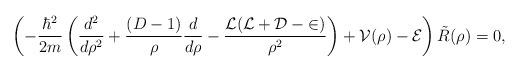
LaTeX: \begin{align*}\left(-\frac{\hbar^2}{2m}\left(\frac{d^2}{d\rho^2}+\frac{(D-1)}{\rho}\frac{d}{d\rho}-\frac{\cal{L}(\cal{L}+D-2)}{\rho^2}\right) +{\cal V}(\rho)-{\cal E}\right)\tilde R(\rho)=0,\end{align*}